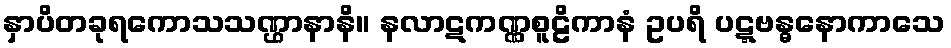
နှာပိတခုရကောသသဏ္ဌာနာနိ။ နလာဋကဏ္ဏစူဠိကာနံ ဥပရိ ပဋ္ဋဗန္ဓနောကာသေ